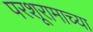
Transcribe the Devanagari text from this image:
परशूरामाच्या